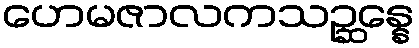
ဟေမဇာလကသဉ္ဆန္နေ